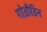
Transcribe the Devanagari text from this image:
गोडौडिन